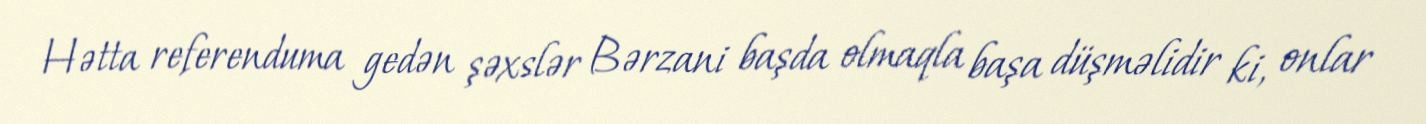
Hətta referenduma gedən şəxslər Bərzani başda olmaqla başa düşməlidir ki, onlar